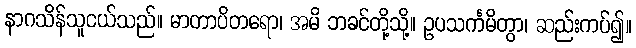
နာဂသိန်သူငယ်သည်။ မာတာပိတရော၊ အမိ ဘခင်တို့သို့။ ဥပသင်္ကမိတွာ၊ ဆည်းကပ်၍။